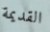
القديمة